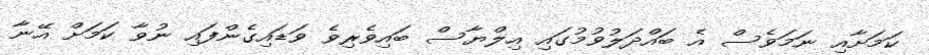
ކަމަށާއި ނަމަވެސް އެ ބައްދަލުވުމުގައި އިލްޔާސް ބައިވެރިވެ ވަޑައިގެންފައި ނުވާ ކަމަށް އޭނާ